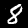
Digit: 8